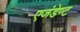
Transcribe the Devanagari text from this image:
एजंडेण्ट